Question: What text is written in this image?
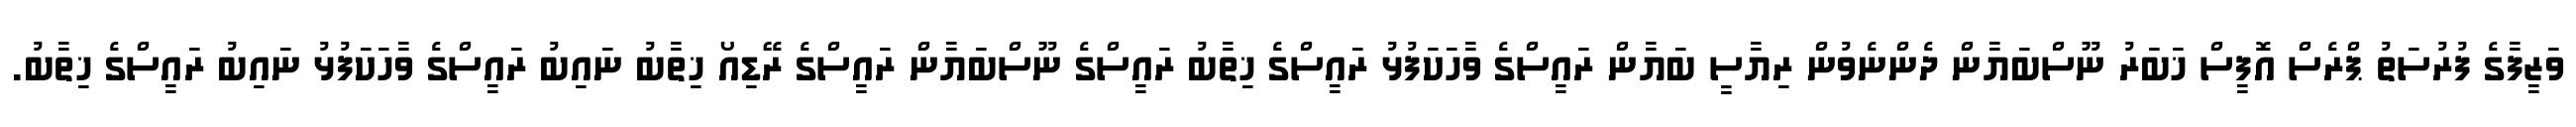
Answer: ވަޒީފާގެ ފުރުސަތު ޕްރެސް އޮފީސް ޚަބަރު ނޫސްބަޔާން ދެންނެވުން ރިޔާސީ ބަޔާން ރައީސްގެ ވާހަކަފުޅު ރައީސްގެ ޚިތާބު ރައީސްގެ ނޫސްބަޔާން ރައީސްގެ ރޭޑިއޯ ޚިތާބު ނައިބު ރައީސްގެ ވާހަކަފުޅު ނައިބު ރައީސްގެ ޚިތާބު.